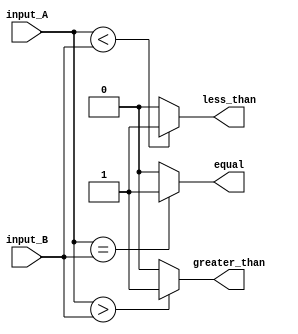
module eight_bit_comparator (
    input [7:0] input_A,
    input [7:0] input_B,
    output equal,
    output greater_than,
    output less_than
);

assign equal = (input_A == input_B) ? 1'b1 : 1'b0;
assign greater_than = (input_A > input_B) ? 1'b1 : 1'b0;
assign less_than = (input_A < input_B) ? 1'b1 : 1'b0;

endmodule